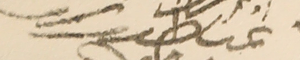
اغناطيوس